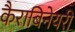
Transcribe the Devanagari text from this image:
कैराबिनेयरी